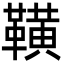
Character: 䪄